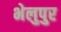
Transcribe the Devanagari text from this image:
भेलुपुर